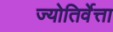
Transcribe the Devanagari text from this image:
ज्योतिर्वेत्ता